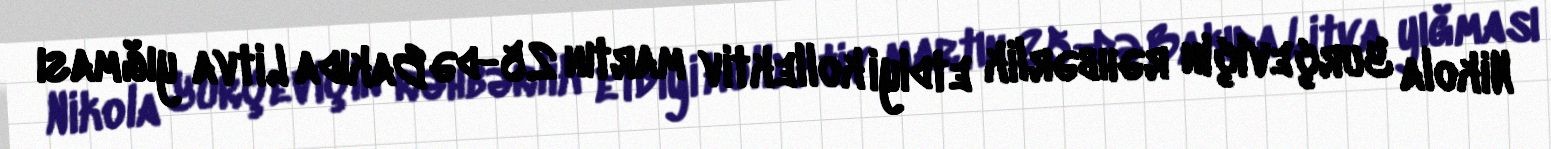
Nikola Yurçeviçin rəhbərlik etdiyi kollektiv martın 25-də Bakıda Litva yığması